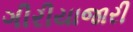
ગીરીયાજારી